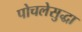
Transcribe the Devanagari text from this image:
पोचलेसुद्धा